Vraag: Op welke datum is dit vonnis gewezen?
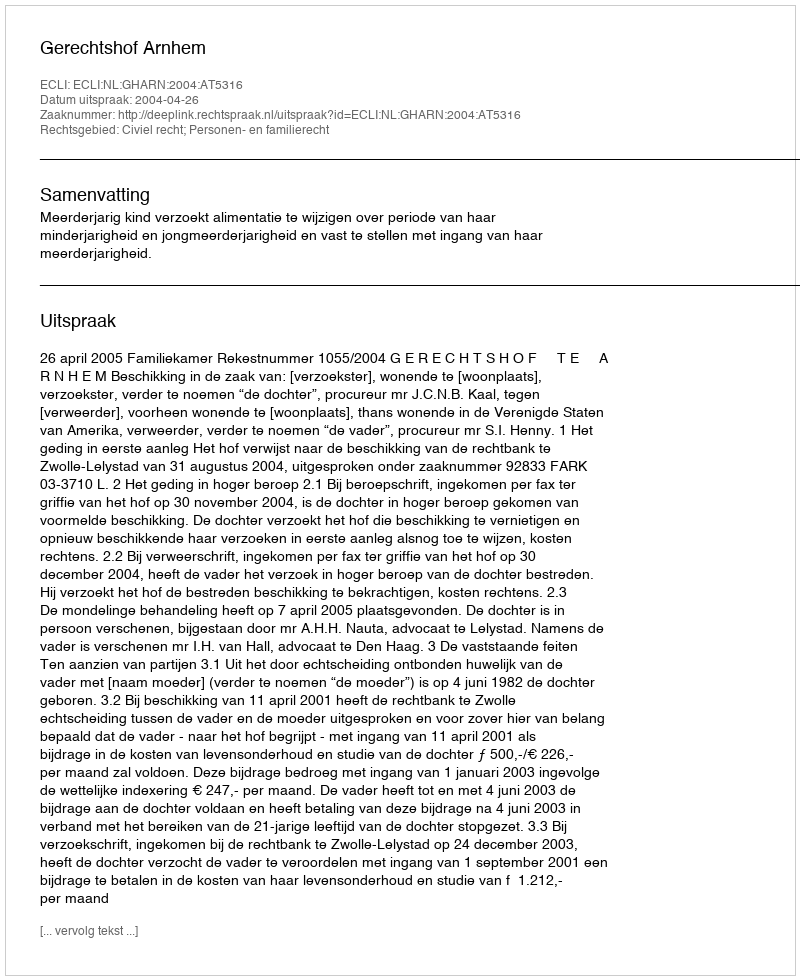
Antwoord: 2004-04-26